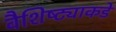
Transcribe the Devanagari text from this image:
वैशिष्ट्याकडे